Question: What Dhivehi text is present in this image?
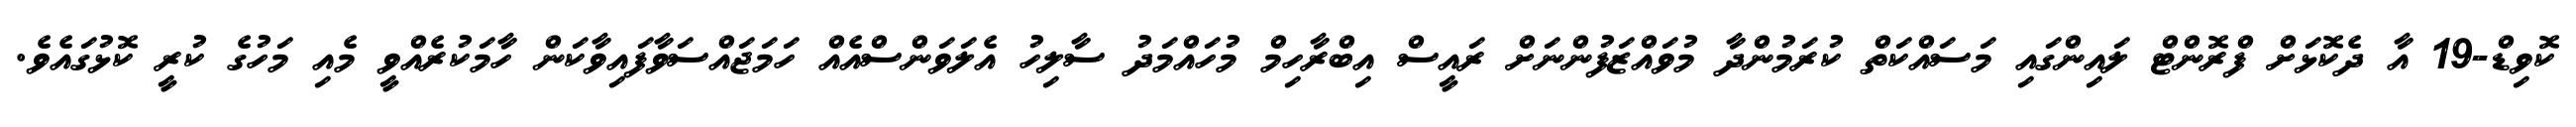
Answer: ކޮވިޑް-19 އާ ދެކޮޅަށް ފްރޮންޓް ލައިންގައި މަސައްކަތް ކުރަމުންދާ މުވައްޒަފުންނަށް ރައީސް އިބްރާހިމް މުހައްމަދު ސާލިހު އެލަވަންސްއެއް ހަމަޖައްސަވާފައިވާކަން ހާމަކުރެއްވީ މެއި މަހުގެ ކުރީ ކޮޅުގައެވެ.